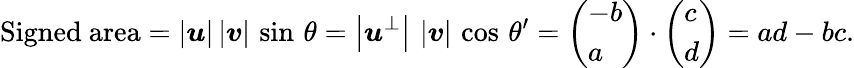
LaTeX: {\mathrm{Signed~area}}=|{\boldsymbol{u}}|\, |{\boldsymbol{v}}|\, \sin\, \theta=\left|{\boldsymbol{u}}^{\perp}\right|\, \left|{\boldsymbol{v}}\right|\, \cos\, \theta^{\prime}={\left(\begin{array}{l}{-b}\\ {a}\end{array}\right)}\cdot{\left(\begin{array}{l}{c}\\ {d}\end{array}\right)}=ad-bc.